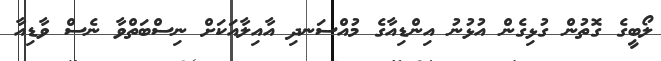
ލޯބީގެ ގޮތުން ގުޅިގެން އުޅުނު އިންޑިއާގެ މުއްސަނދި އާއިލާއަކަށް ނިސްބަތްވާ ނެސް ވާޑިއާ